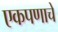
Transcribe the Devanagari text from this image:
एकपणाचे